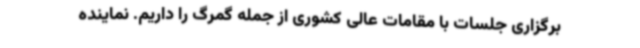
برگزاری جلسات با مقامات عالی کشوری از جمله گمرگ را داریم. نماینده